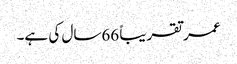
عمر تقریباً 66سال کی ہے۔